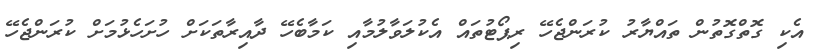
އެކި ގޮތްގޮތުން ތައްޔާރު ކުރަންޖެހޭ ރިޕޯޓުތައް އެކުލަވާލުމާއި ކަމާބެހޭ ދާއިރާތަކަށް ހުށަހެޅުމަށް ކުރަންޖެހޭ